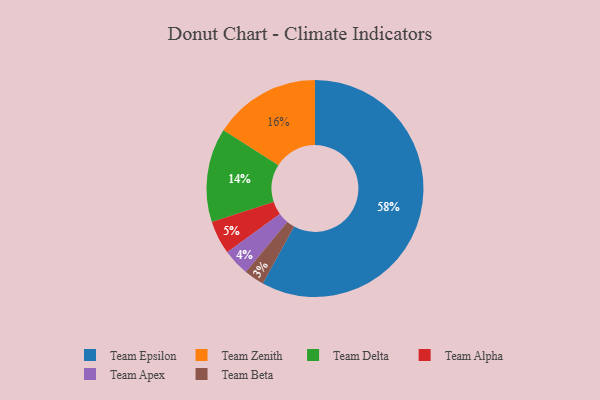
{"axis": {"x": "Category", "y": "Percentage"}, "legend": ["Team Alpha", "Team Apex", "Team Beta", "Team Delta", "Team Epsilon", "Team Zenith"], "data": [{"x": "Team Delta", "y": 14, "type": "Team Delta"}, {"x": "Team Beta", "y": 3, "type": "Team Beta"}, {"x": "Team Alpha", "y": 5, "type": "Team Alpha"}, {"x": "Team Apex", "y": 4, "type": "Team Apex"}, {"x": "Team Zenith", "y": 16, "type": "Team Zenith"}, {"x": "Team Epsilon", "y": 58, "type": "Team Epsilon"}]}